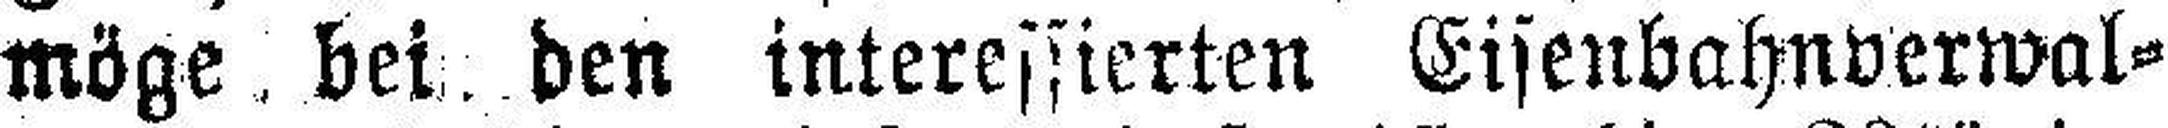
möge bei ben interessierten Eisenbahnverwal¬